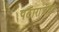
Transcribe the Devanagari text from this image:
पठाराजवळ